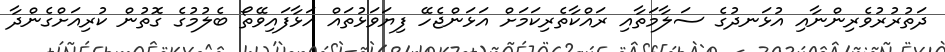
ދަތުރުރުވެރިންނާއި އުޅަނދުގެ ސަލާމަތާއި ރައްކާތެރިކަމަށް އަޅަންޖެހޭ ފިޔަވަޅުތައް އަޅާފައިވޭތޯ ބެލުމުގެ ގޮތުން ކުރިއަށްގެންދާ